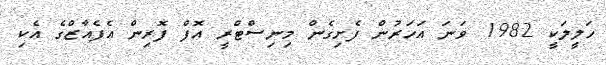
ހަލީލަކީ 1982 ވަނަ އަހަރުން ފެށިގެން މިނިސްޓްރީ އޮފް ފޮރިން އެފެއާޒްގެ އެކި